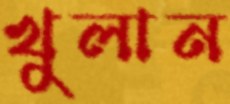
খুলান